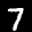
Label: 7